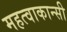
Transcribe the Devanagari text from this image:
महत्वाकान्सी